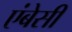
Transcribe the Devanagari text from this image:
एंबेसी